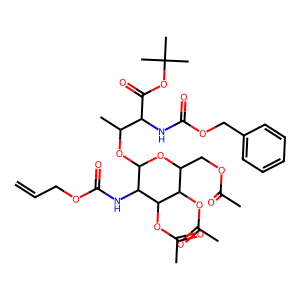
SMILES: C=CCOC(=O)NC1C(OC(C)C(NC(=O)OCc2ccccc2)C(=O)OC(C)(C)C)OC(COC(C)=O)C(OC(C)=O)C1OC(C)=O
Inhibits HIV replication: No